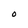
Character: O